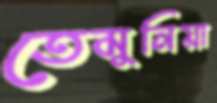
তেমুনিয়া